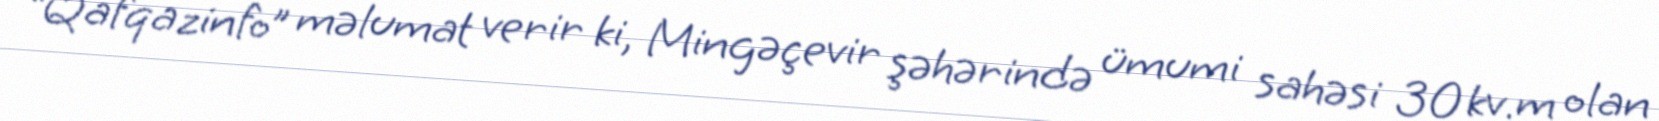
“Qafqazinfo” məlumat verir ki, Mingəçevir şəhərində ümumi sahəsi 30 kv.m olan